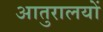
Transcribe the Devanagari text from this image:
आतुरालयों